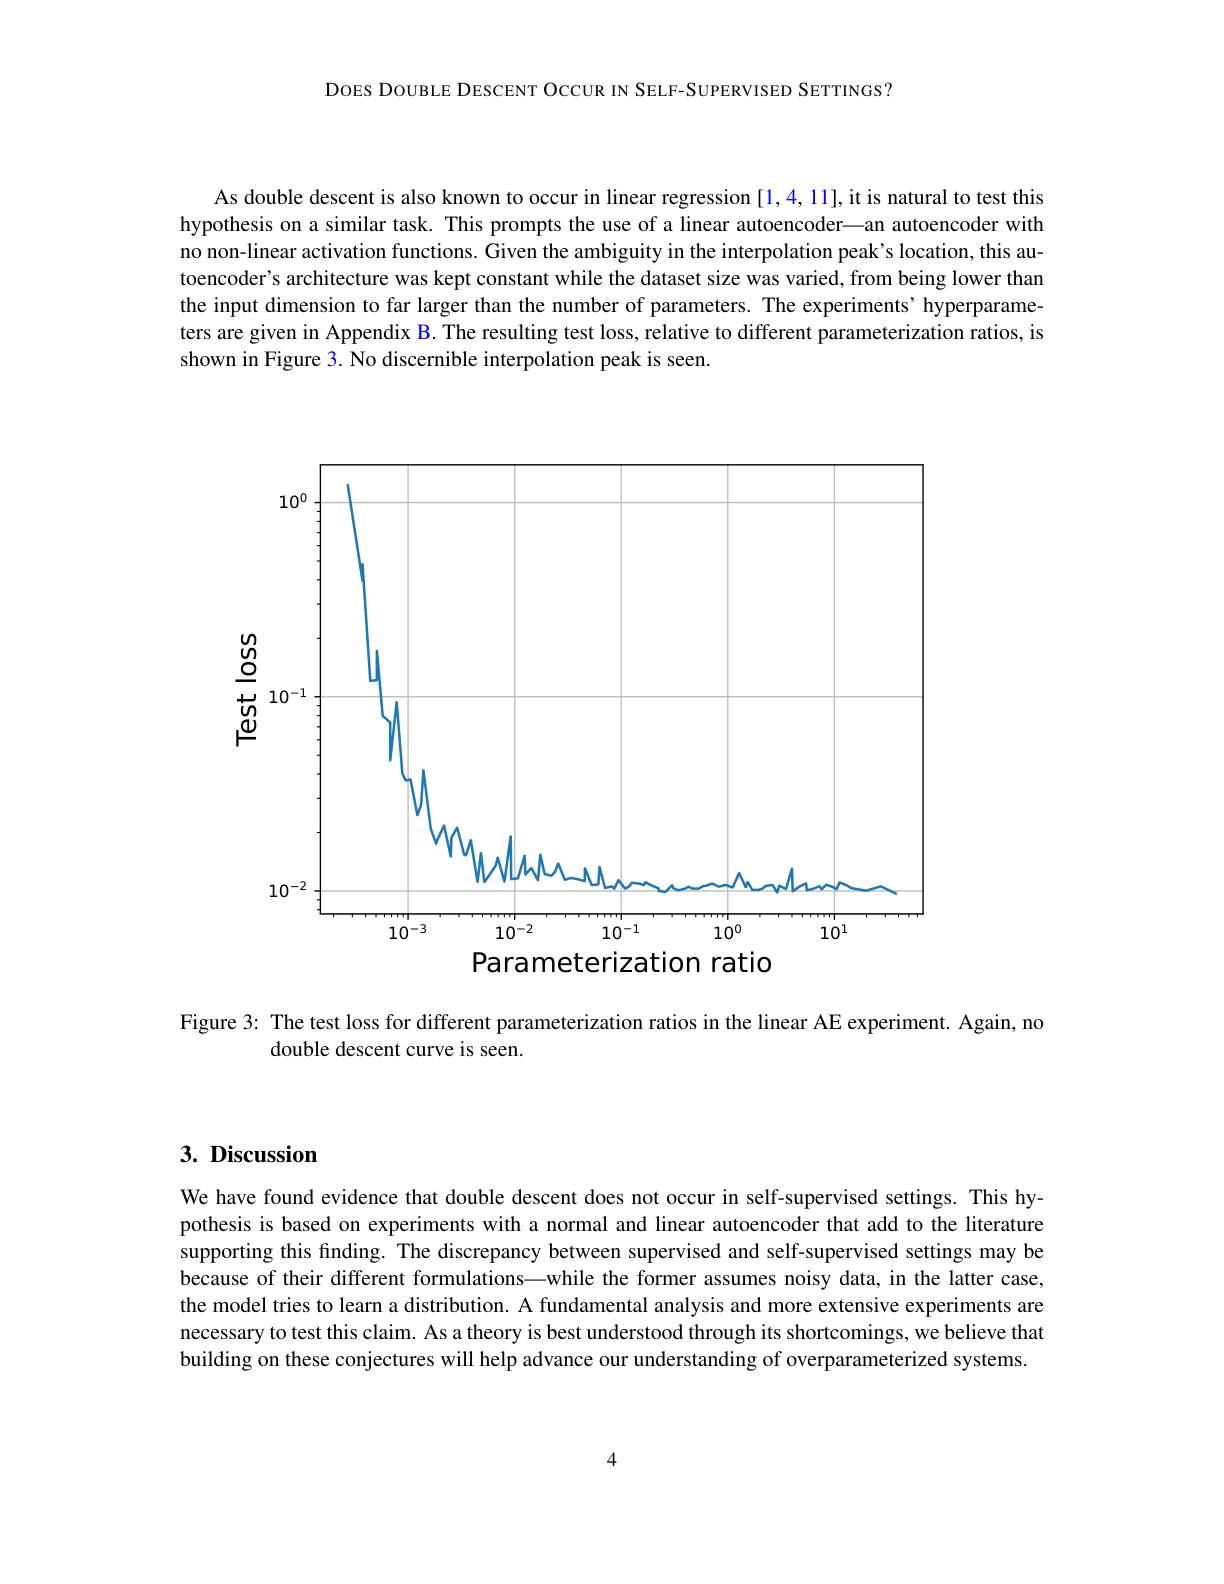
DOES DOUBLE DESCENT OCCUR IN SELF-SUPERVISED SETTINGS?

As double descent is also known to occur in linear regression [1,4,11],it is natural to test this hypothesis on a similar task. This prompts the use of a linear autoencoder—an autoencoder with no non-linear activation functions. Given the ambiguity in the interpolation peak's location, this autoencoder's architecture was kept constant while the dataset size was varied, from being lower tham the input dimension to far larger than the number of parameters. The experiments’hyperparameters are given in Appendix B. The resulting test loss, relative to different parameterization ratios, is shown in Figure 3. No discernible interpolation peak is seen.

<FigureHere>
Parameterization ratio

Figure 3: The test loss for different parameterization ratios in the linear AE experiment. Again, no
double descent curve is seen.

# 3. Discussion

We have found evidence that double descent does not occur in self-supervised settings. This hypothesis is based on experiments with a normal and linear autoencoder that add to the literature supporting this fınding. The discrepancy between supervised and self-supervised settings may be because of their different formulations—while the former assumes noisy data, in the latter case, the model tries to learn a distribution. A fundamental analysis and more extensive experiments are necessary to test this claim. As a theory is best understood through its shortcomings, we believe that building on these conjectures will help advance our understanding of overparameterized systems.

4